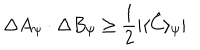
\Delta A _ { \psi } \cdot \Delta B _ { \psi } \geq \frac { 1 } { 2 } | \langle \hat { C } \rangle _ { \psi } |